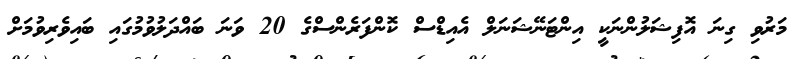
މަރުވި ގިނަ އޮފިޝަލުންނަކީ އިންޓަނޭޝަނަލް އެއިޑްސް ކޮންފަރެންސްގެ 20 ވަނަ ބައްދަލުވުމުގައި ބައިވެރިވުމަށް